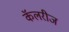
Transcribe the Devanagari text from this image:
कॅलरीज